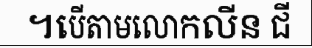
។បើតាមលោកលីន ជី